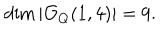
\dim | { \mathcal O } _ { Q } ( 1 , 4 ) | = 9 .